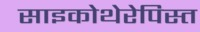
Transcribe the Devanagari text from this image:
साइकोथेरेपिस्त